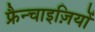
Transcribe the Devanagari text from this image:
फ्रैन्चाइज़ियों